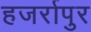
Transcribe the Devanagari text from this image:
हजर्रापुर